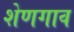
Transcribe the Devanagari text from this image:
शेणगाव